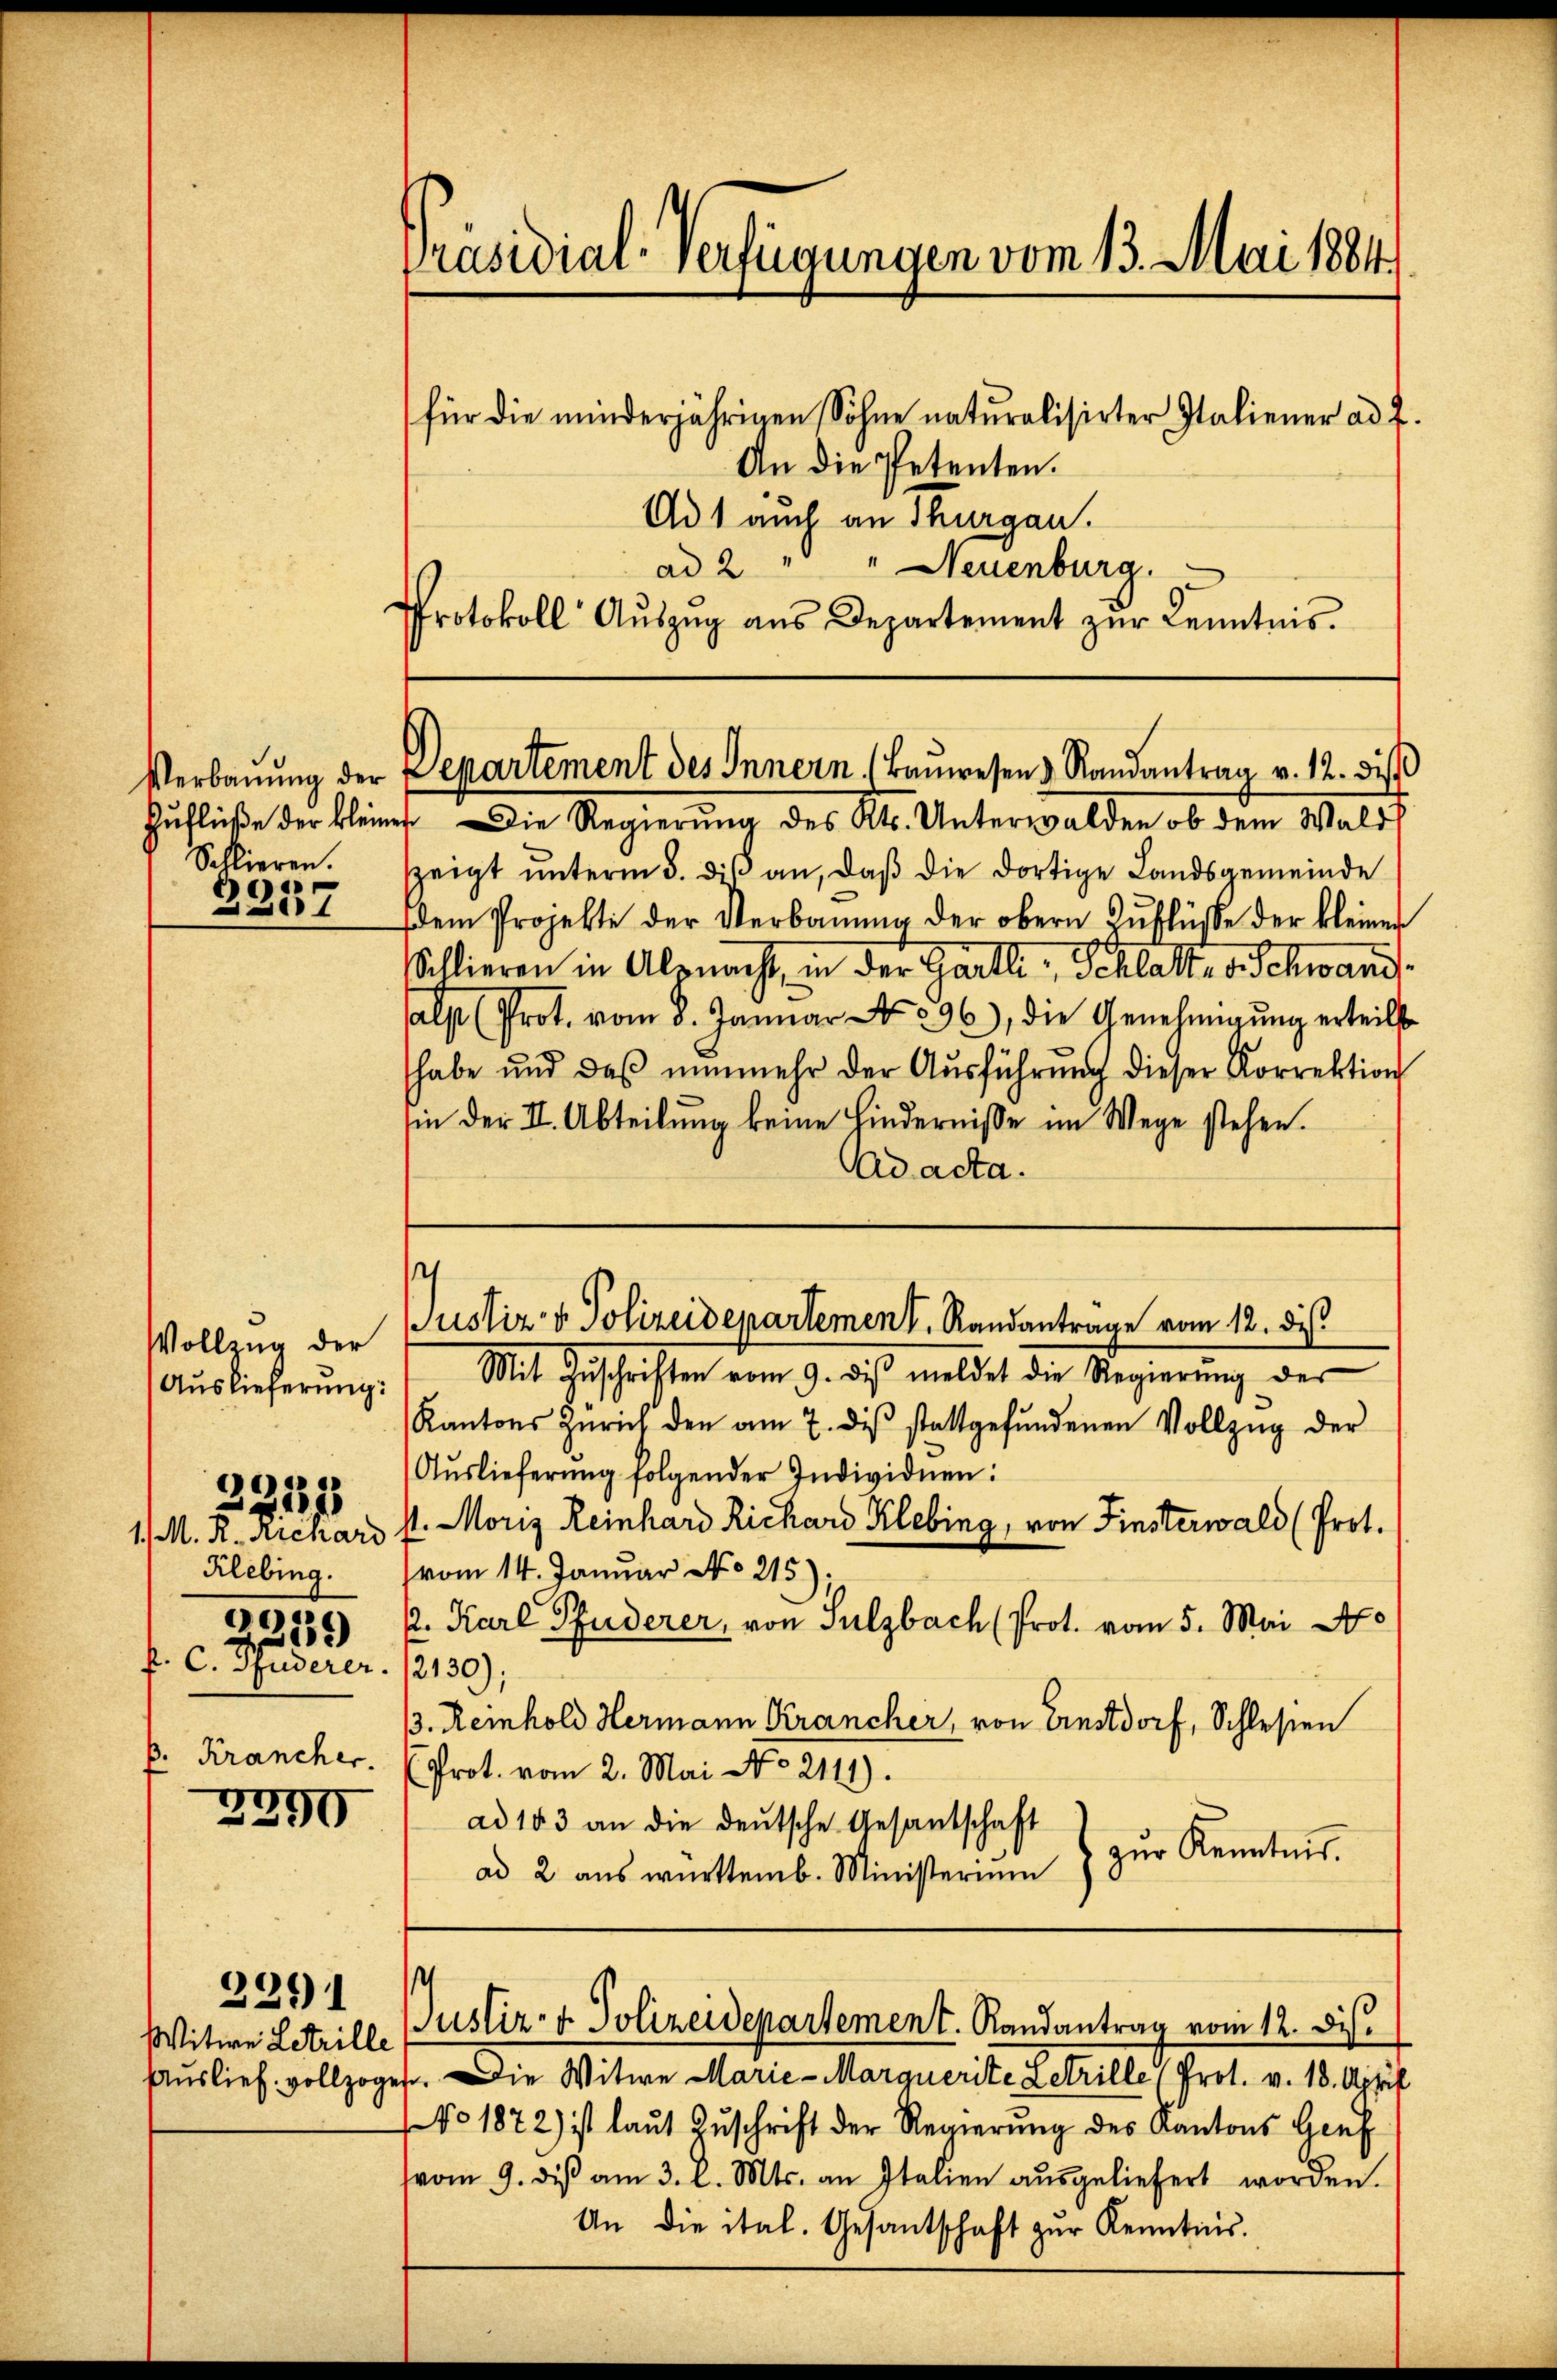
Verbauung der
Sllieren.
2257

Vollzug der
Auslieferung:
1. M. R. Arenard
Klebing.
0319)
f. C. Puderer.
p. Krancher.

3257

2399

2211

Witwe Letrille

Präsidial-Verfügungen vom 13. Mai 1884.
für die minderjährigen Sohne naturalisirter Italiener ad 2.
An die Petenten.
Ad 1 auch an Thurgau.
ad 2 " " Neuenburg.
Protokoll Auszug aus Departement zur Kenntnis.

Zuflüße der kleiner Die Regierung des Kts. Unterwalden ob dem Wald
zeigt unterm 5. diß an, daß die dortige Landsgemeinde
Dem Projekte der Verbaŭŭng der obern Zuflüsse der kleiner
llieren in Alpnacht, in der Gartli, Schlatte v. Schwand
salp (Prot. vom 5. Januar No. 296, die Genehmigŭng erteilt
habe und daβ nŭnmehr der Aŭsführŭng dieser Korrektion
sin der II. Abteilung keine Hindernisse im Wege stehen.
Ad acta.
Mit Zŭschriften vom 9. des meldet die Regierŭng der
Kantons Zürich den am 7. dβ stattgefŭndenen Vollzŭg der
Aŭslieferŭng folgender Individuen:
st. Moriz Reinhard Richard Klebing, von Finsterwald (Prot.
vom 14. Januar No. 215):
k. Karl Pfuderer, von Sulzbach (Prot. vom 5. Mai
2130);
/3. Reinhold Hermann Krancher, von Einstdorf, Schlesen
Prot. vom 2. Mai No 2111).
ad 183 an die deutsche Gesandschaft
) zur Kenntnis.
ad 2. aus württemb. Ministerium

Departement des Innern (Bauwesen Randantrag v. 12. dies

Justiz- & Polizeidepartement. Randantrage vom 12. dis

Auslief vollzogen. Die Witwe Marie-Marquerite Letrille (Prot. v. 18. April
No 1872) ist laŭt Zŭschrift der Regierŭng des Kantons Genf
vom 9. diβ am 3. l. Mts. an Italien aŭsgeliefert worden.
An die ital. Gesantschaft zŭr Kenntnis.

t
Justiz- & Polizeidepartement. Randantrag vom 12. Dis.